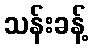
သန်းခန့်